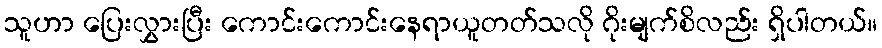
သူဟာ ပြေးလွှားပြီး ကောင်းကောင်းနေရာယူတတ်သလို ဂိုးမျက်စိလည်း ရှိပါတယ်။